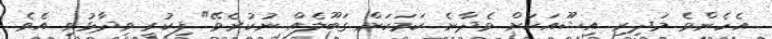
އެހެންވެ މަދިރި އިޝޫއަކަށް ވެދާނެ ކަމަކަށް ގަބޫލެއް ނުކުރެވޭ" ފިކުރީ ވިދާޅުވި އެވެ.